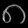
Digit: ၈